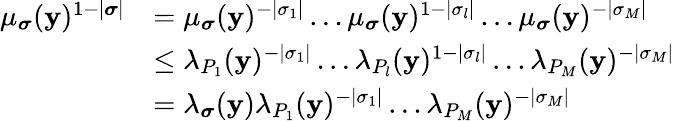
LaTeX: \begin{array}{rl}{\mu_{\boldsymbol{\sigma}}(\mathbf{y})^{1-|\boldsymbol{\sigma}|}}&{=\mu_{\boldsymbol{\sigma}}(\mathbf{y})^{-|\sigma_{1}|}\dots\mu_{\boldsymbol{\sigma}}(\mathbf{y})^{1-|\sigma_{l}|}\dots\mu_{\boldsymbol{\sigma}}(\mathbf{y})^{-|\sigma_{M}|}}\\ &{\le\lambda_{P_{1}}(\mathbf{y})^{-|\sigma_{1}|}\dots\lambda_{P_{l}}(\mathbf{y})^{1-|\sigma_{l}|}\dots\lambda_{P_{M}}(\mathbf{y})^{-|\sigma_{M}|}}\\ &{=\lambda_{\boldsymbol{\sigma}}(\mathbf{y})\lambda_{P_{1}}(\mathbf{y})^{-|\sigma_{1}|}\dots\lambda_{P_{M}}(\mathbf{y})^{-|\sigma_{M}|}}\end{array}